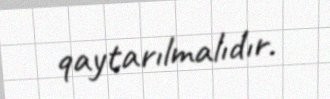
qaytarılmalıdır.